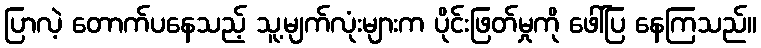
ပြာလဲ့ တောက်ပနေသည့် သူ့မျက်လုံးများက ပိုင်းဖြတ်မှုကို ဖေါ်ပြ နေကြသည်။